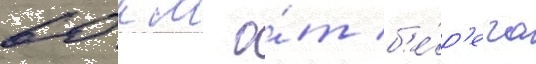
60 км о́т б'е́р'ега